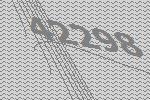
42298